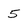
Character: 5